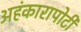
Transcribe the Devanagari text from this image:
अहंकारापोटी